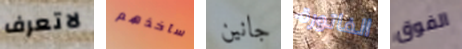
لاتعرف سآخذهم جانين الفاتورة الفوق